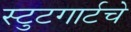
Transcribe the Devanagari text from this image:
स्टुटगार्टचे